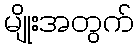
မျိုးအတွက်